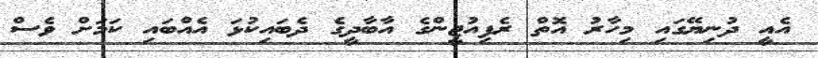
އެއީ ދުނިޔޭގައި މިހާރު އޮތް ރެފިއުޖީންގެ އާބާދީގެ ދެބައިކުޅަ އެއްބައި ކަމަށް ވެސް